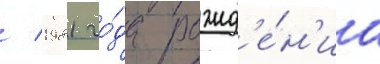
/ 1981 го́да рожд'е́н'иа